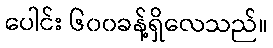
ပေါင်း ၆၀၀ခန့်ရှိလေသည်။